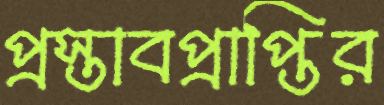
প্রস্তাবপ্রাপ্তির